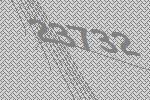
23732